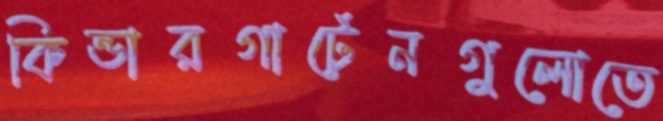
কিন্ডারগার্টেনগুলোতে